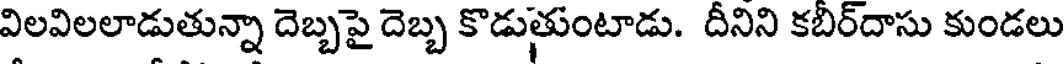
విలవిలలాడుతున్నా దెబ్బపై దెబ్బ కొడుతుంటాడు. దీనిని కబిర్దాసు కుండలు